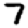
Digit: 7